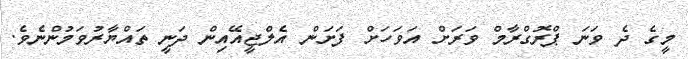
މީގެ ދެ ވަނަ ޕްރޮގްރާމް ވަރަށް އަވަހަށް ފަށަން އެލްޖީއޭއިން ދަނީ ތައްޔާރުވަމުންނެވެ.